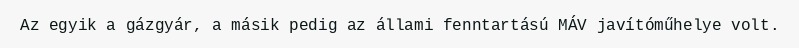
Az egyik a gázgyár, a másik pedig az állami fenntartású MÁV javítóműhelye volt.